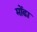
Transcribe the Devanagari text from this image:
मोंढा